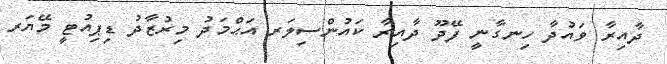
ދާއިރާ ވައުދާ ހިނގާނީ ފޭދޫ ދާއިރާ ކައުންސިލަރ އަޙްމަދު މިރުޒާދު ޑިޕިއުޓީ މޭޔަރ